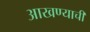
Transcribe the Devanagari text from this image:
आखण्याची